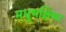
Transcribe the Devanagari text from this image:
मधुभक्षिका